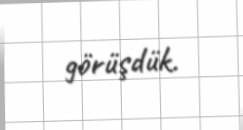
görüşdük.